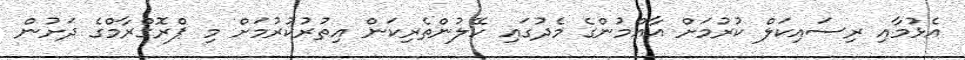
އެޅުމާއި ރިސައިކަލް ކުރުމަށް އާއްމުންގެ މެދުގައި ހޭލުންތެރިކަން އިތުރުކުރުމަށް މި ޕްރޮގްރާމްގެ ދަށުން